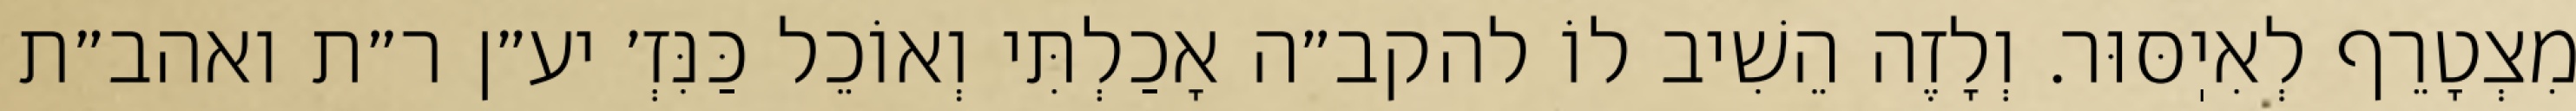
מִצְטָרֵף לְאִיֽסּוּר. וְלָזֶה הֵשִׁיב לוֹ להקב״ה אָכַלְתִּי וְאוֹכֵל כַּנִּזְ׳ יע״ן ר״ת ואהב״ת